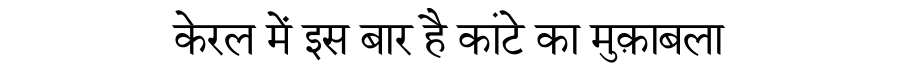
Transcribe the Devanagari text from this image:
केरल में इस बार है कांटे का मुक़ाबला